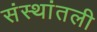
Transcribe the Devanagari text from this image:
संस्थांतली